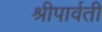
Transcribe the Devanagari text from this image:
श्रीपार्वती